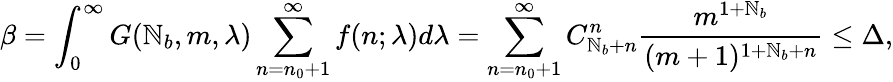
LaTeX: \displaystyle\beta=\int_{0}^{\infty}{G(\mathbb{N}_{b},m,\lambda)\sum_{n=n_{0}+1}^{\infty}f(n;\lambda)d\lambda}=\sum_{n=n_{0}+1}^{\infty}C_{\mathbb{N}_{b}+n}^{n}\frac{{m^{1+\mathbb{N}_{b}}}}{{(m+1)^{1+\mathbb{N}_{b}+n}}}\le\Delta,